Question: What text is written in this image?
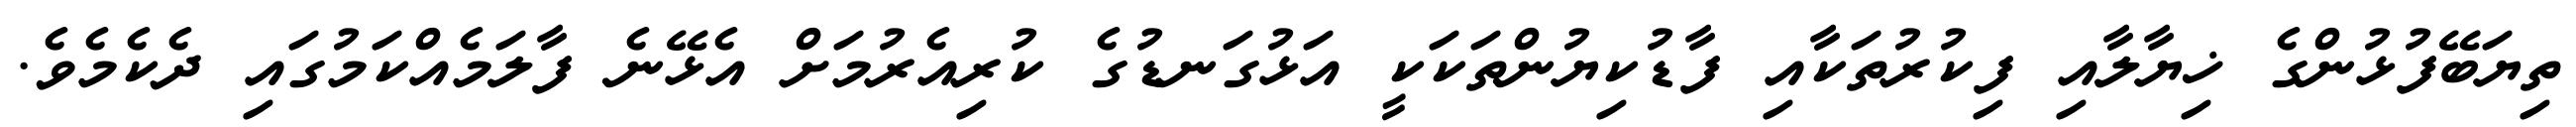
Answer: ތިޔަބޭފުޅުންގެ ޚިޔާލާއި ފިކުރުތަކާއި ފާޑުކިޔުންތަކަކީ އަޅުގަނޑުގެ ކުރިއެރުމަށް އެޅޭނެ ފާލަމެއްކަމުގައި ދެކެމެވެ.